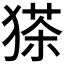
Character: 𱮒